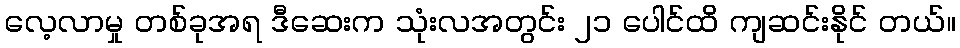
လေ့လာမှု တစ်ခုအရ ဒီဆေးက သုံးလအတွင်း ၂၁ ပေါင်ထိ ကျဆင်းနိုင် တယ်။